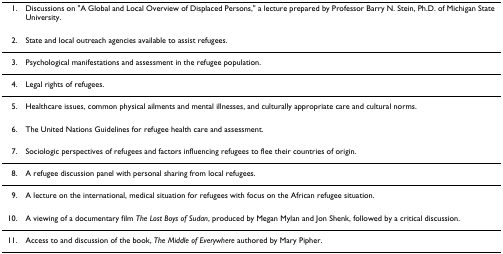
<table><thead><tr><td><b>1.</b></td><td><b>Discussions on &quot;A Global and Local Overview of Displaced Persons,&quot; a lecture prepared by Professor Barry N. Stein, Ph.D. of Michigan State University.</b></td></tr></thead><tbody><tr><td>2.</td><td>State and local outreach agencies available to assist refugees.</td></tr><tr><td>3.</td><td>Psychological manifestations and assessment in the refugee population.</td></tr><tr><td>4.</td><td>Legal rights of refugees.</td></tr><tr><td>5.</td><td>Healthcare issues, common physical ailments and mental illnesses, and culturally appropriate care and cultural norms.</td></tr><tr><td>6.</td><td>The United Nations Guidelines for refugee health care and assessment.</td></tr><tr><td>7.</td><td>Sociologic perspectives of refugees and factors influencing refugees to flee their countries of origin.</td></tr><tr><td>8.</td><td>A refugee discussion panel with personal sharing from local refugees.</td></tr><tr><td>9.</td><td>A lecture on the international, medical situation for refugees with focus on the African refugee situation.</td></tr><tr><td>10.</td><td>A viewing of a documentary film <i>The Lost Boys of Sudan</i>, produced by Megan Mylan and Jon Shenk, followed by a critical discussion.</td></tr><tr><td>11.</td><td>Access to and discussion of the book, <i>The Middle of Everywhere </i>authored by Mary Pipher.</td></tr></tbody></table>